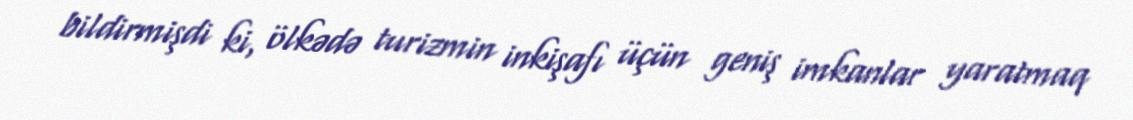
bildirmişdi ki, ölkədə turizmin inkişafı üçün geniş imkanlar yaratmaq